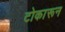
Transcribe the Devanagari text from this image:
टोकारून